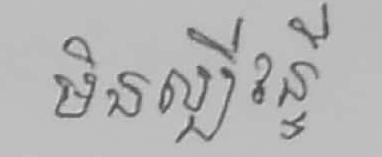
មិនល្បីវន្ទី